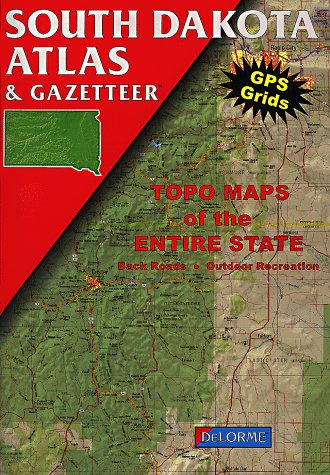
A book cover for South Dakota Atlas and Gazetteer: Topo Maps of the Entire State : Back Roads, Outdoor Recreation (South Dakota Atlas & Gazetteer); DeLorme; Travel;